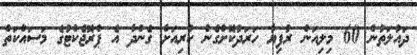
ދައުލަތުން 60 މިލިއަން ރުފިޔާ ހަރަދުކޮށްގެން ކުރިއަށް ގެންދާ އެ ޕްރޮޖެކްޓުގެ މަސައްކަތް